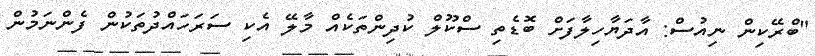
"ބްރޭކިން ނިއުސް: އާދަޔާހިލާފަށް ބޮޑެތި ސްކޫލް ކުދިންތަކެއް މާލޭ އެކި ސަރަހައްދުތަކުން ފެންނަމުން